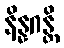
နိန္နဂန္တိ